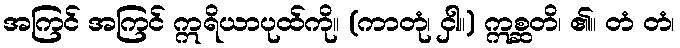
အကြင် အကြင် ဣရိယာပုထ်ကို။ (ကာတုံ၊ ငှါ။) ဣစ္ဆတိ၊ ၏။ တံ တံ၊